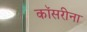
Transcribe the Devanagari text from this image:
कॉसरीना